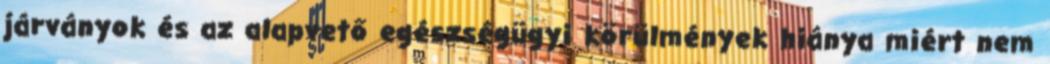
járványok és az alapvető egészségügyi körülmények hiánya miért nem